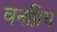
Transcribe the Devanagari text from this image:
वनप्रिय